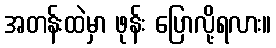
အတန်းထဲမှာ ဖုန်း ပြောလို့ရလား။